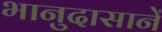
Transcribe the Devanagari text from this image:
भानुदासानें